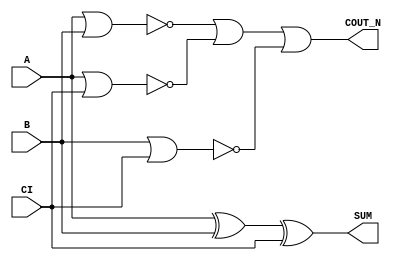
/*
 * Copyright 2020 The SkyWater PDK Authors
 *
 * Licensed under the Apache License, Version 2.0 (the "License");
 * you may not use this file except in compliance with the License.
 * You may obtain a copy of the License at
 *
 *     https://www.apache.org/licenses/LICENSE-2.0
 *
 * Unless required by applicable law or agreed to in writing, software
 * distributed under the License is distributed on an "AS IS" BASIS,
 * WITHOUT WARRANTIES OR CONDITIONS OF ANY KIND, either express or implied.
 * See the License for the specific language governing permissions and
 * limitations under the License.
 *
 * SPDX-License-Identifier: Apache-2.0
*/


`ifndef SKY130_FD_SC_LP__FAHCON_BEHAVIORAL_V
`define SKY130_FD_SC_LP__FAHCON_BEHAVIORAL_V

/**
 * fahcon: Full adder, inverted carry in, inverted carry out.
 *
 * Verilog simulation functional model.
 */

`timescale 1ns / 1ps
`default_nettype none

`celldefine
module sky130_fd_sc_lp__fahcon (
    COUT_N,
    SUM   ,
    A     ,
    B     ,
    CI
);

    // Module ports
    output COUT_N;
    output SUM   ;
    input  A     ;
    input  B     ;
    input  CI    ;

    // Module supplies
    supply1 VPWR;
    supply0 VGND;
    supply1 VPB ;
    supply0 VNB ;

    // Local signals
    wire xor0_out_SUM ;
    wire a_b          ;
    wire a_ci         ;
    wire b_ci         ;
    wire or0_out_coutn;

    //  Name  Output         Other arguments
    xor xor0 (xor0_out_SUM , A, B, CI       );
    buf buf0 (SUM          , xor0_out_SUM   );
    nor nor0 (a_b          , A, B           );
    nor nor1 (a_ci         , A, CI          );
    nor nor2 (b_ci         , B, CI          );
    or  or0  (or0_out_coutn, a_b, a_ci, b_ci);
    buf buf1 (COUT_N       , or0_out_coutn  );

endmodule
`endcelldefine

`default_nettype wire
`endif  // SKY130_FD_SC_LP__FAHCON_BEHAVIORAL_V